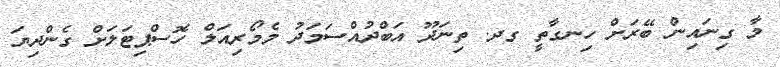
މާ ގިނައިން ބޭރަށް ހިނގާތީ ގދ. ތިނަދޫ އަބްދުއްސަމަދު މެމޯރިއަލް ހޮސްޕިޓަލަށް ގެންދިޔަ